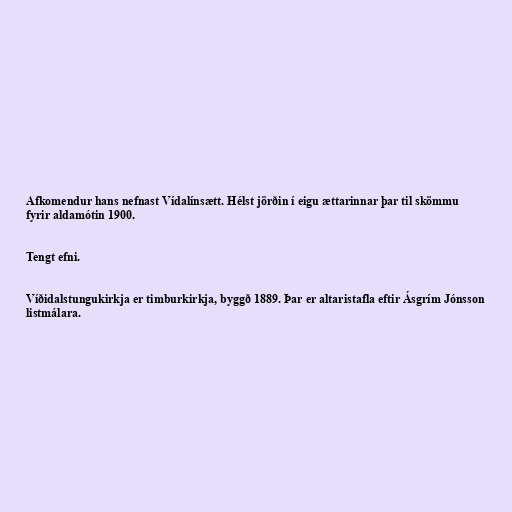
Afkomendur hans nefnast Vídalínsætt. Hélst jörðin í eigu ættarinnar þar til skömmu
fyrir aldamótin 1900.

Tengt efni.

Víðidalstungukirkja er timburkirkja, byggð 1889. Þar er altaristafla eftir Ásgrím Jónsson
listmálara.